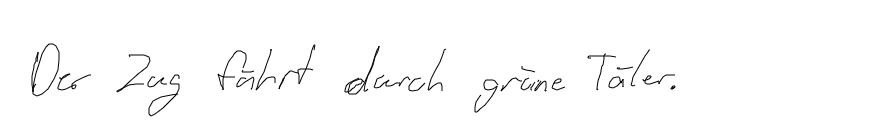
Der Zug fährt durch grüne Täler.